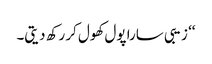
‘‘ زیبی سارا پول کھول کر رکھ دیتی۔